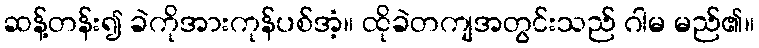
ဆန့်တန်း၍ ခဲကိုအားကုန်ပစ်အံ့။ ထိုခဲတကျအတွင်းသည် ဂါမ မည်၏။